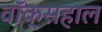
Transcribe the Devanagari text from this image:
वॉक्सहाल